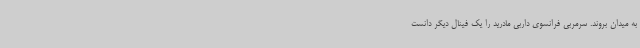
به میدان بروند. سرمربی فرانسوی داربی مادرید را یک فینال دیگر دانست